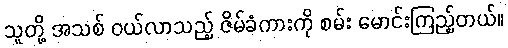
သူတို့ အသစ် ဝယ်လာသည့် ဇိမ်ခံကားကို စမ်း မောင်းကြည့်တယ်။